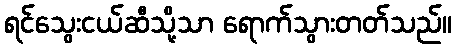
ရင်သွေးငယ်ဆီသို့သာ ရောက်သွားတတ်သည်။